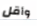
وأقل